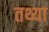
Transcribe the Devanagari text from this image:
तथ्या